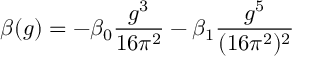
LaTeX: \beta ( g ) = - \beta _ { 0 } { \frac { g ^ { 3 } } { 1 6 \pi ^ { 2 } } } - \beta _ { 1 } { \frac { g ^ { 5 } } { ( 1 6 \pi ^ { 2 } ) ^ { 2 } } }